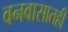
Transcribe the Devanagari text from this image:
वनवासातही